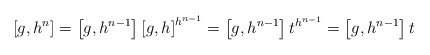
\begin{align*} \left[g,h^n\right] = \left[g,h^{n-1}\right] \left[g,h\right]^{h^{n-1}} = \left[g,h^{n-1}\right] t ^{h^{n-1}} = \left[g,h^{n-1}\right] t\end{align*}